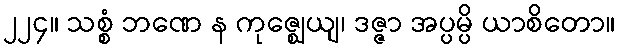
၂၂၄။ သစ္စံ ဘဏေ န ကုဇ္ဈေယျ၊ ဒဇ္ဇာ အပ္ပမ္ပိ ယာစိတော။